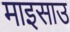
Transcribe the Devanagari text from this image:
माइसाउ